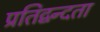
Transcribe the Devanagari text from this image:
प्रतिद्वन्दता